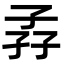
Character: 孨